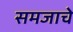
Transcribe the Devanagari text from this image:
समजाचे